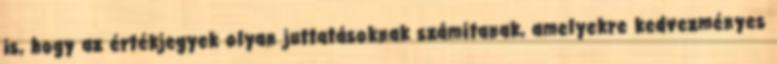
is, hogy az értékjegyek olyan juttatásoknak számítanak, amelyekre kedvezményes